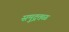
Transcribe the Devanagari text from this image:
समुद्रतळ